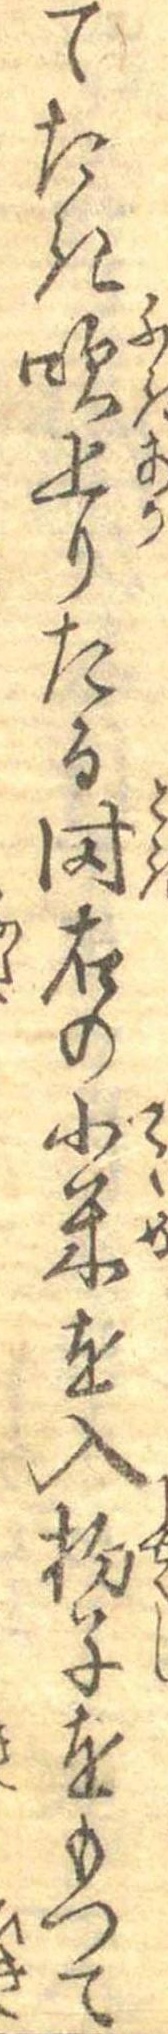
てたき吹上りたる時右の小米を入杓子をもつて